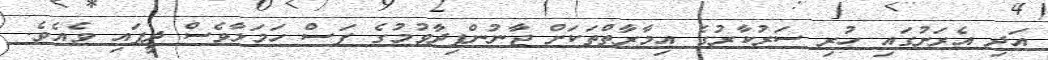
އަދި އެރަށުގައި ހުރި ސަރުކާރުގެ އިމާރާތްތަކަށް ޖާނުންފިދާވުމުގެ ފަސް ހަމަލާވެސް ދީފައި ވެއެވެ.